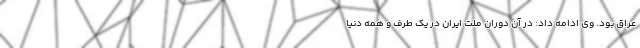
عراق بود. وی ادامه داد: در آن دوران ملت ایران در یک طرف و همه دنیا